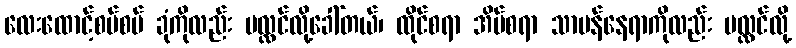
လေးထောင့်စပ်စပ် ခုံကိုလည်း ပလ္လင်လို့ခေါ်တယ်၊ ထိုင်စရာ အိပ်စရာ သာမန်နေရာကိုလည်း ပလ္လင်လို့